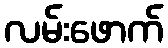
လမ်းဖောက်